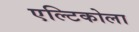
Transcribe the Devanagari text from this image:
एल्टिकोला